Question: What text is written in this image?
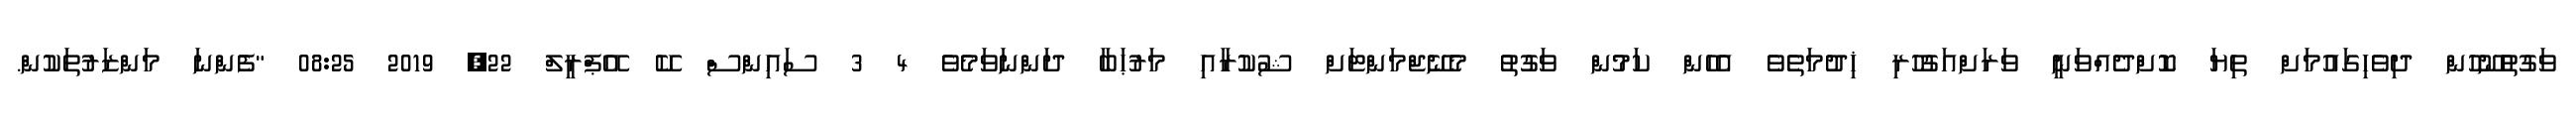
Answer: ވަގުތުނޫހުން ދިވެހިގައުމަށް ތިޔަ ކޮށްދެއްވަނީ ވަރަށްއަގުހުރި ޚިދުމަތެވެ އެހެން ކަމުން ވަގުތު މެނޭޖްމަންޓަށް ޝުކުރާއި މަރުޙަބާ ދަންނަވަމެވެ 4 3 ސައިންސް ކޭ އޭޕްރީލް 22, 2019 08:25 "ފެންނަ މަންޒަރުތަކުން.